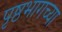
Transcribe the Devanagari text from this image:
पृष्ठभागच्या